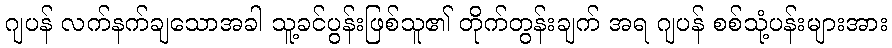
ဂျပန် လက်နက်ချသောအခါ သူ့ခင်ပွန်းဖြစ်သူ၏ တိုက်တွန်းချက် အရ ဂျပန် စစ်သုံ့ပန်းများအား